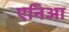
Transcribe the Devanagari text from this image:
एनिआ